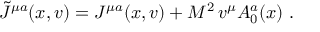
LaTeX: { \tilde { \cal J } } ^ { \mu a } ( x , v ) = { \cal J } ^ { \mu a } ( x , v ) + M ^ { 2 } \, v ^ { \mu } A _ { 0 } ^ { a } ( x ) \ .